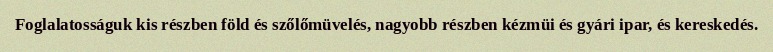
Foglalatosságuk kis részben föld és szőlőmüvelés, nagyobb részben kézmüi és gyári ipar, és kereskedés.